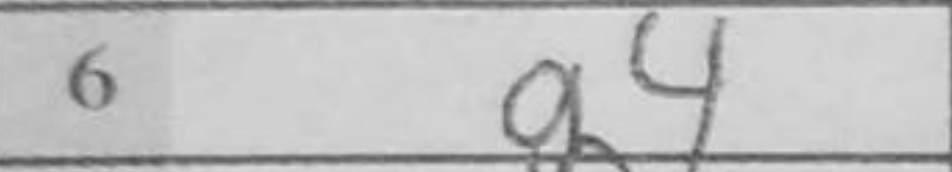
Transcription: g4